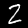
Label: 2